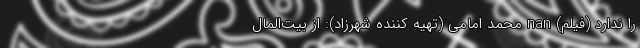
را ندارد (فیلم) nan محمد امامی (تهیه کننده شهرزاد): از بیت‌المال